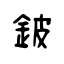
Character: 鈹